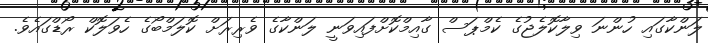
ލަންކާގައި ހުންނަ ވިލާކޮލެޖުގެ ކެމްޕަސް ގާއިމްކޮށްފައިވަނީ ލަންކާގެ ވެރިރަށް ކޮލަމްބޯގެ ހެވަލޮކް ރޯޑްގައެވެ.